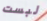
لبست